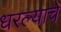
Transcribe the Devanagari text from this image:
धरल्याचे